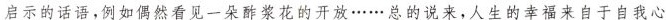
启示的话语，例如偶然看见一朵酢浆花的开放……总的说来，人生的幸福来自于自我心